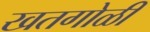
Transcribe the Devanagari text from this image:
खतगोळी